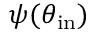
\psi ( \theta _ { \mathrm { i n } } )